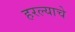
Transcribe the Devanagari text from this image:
हरल्याचे